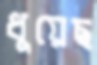
ধুয়েছ